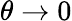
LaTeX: \theta\rightarrow 0